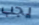
يجب